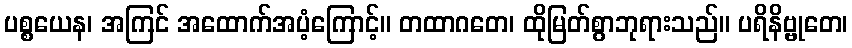
ပစ္စယေန၊ အကြင် အထောက်အပံ့ကြောင့်။ တထာဂတေ၊ ထိုမြတ်စွာဘုရားသည်။ ပရိနိဗ္ဗုတေ၊